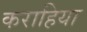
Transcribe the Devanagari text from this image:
कराहिया